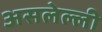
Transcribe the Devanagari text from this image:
असलेल्ली